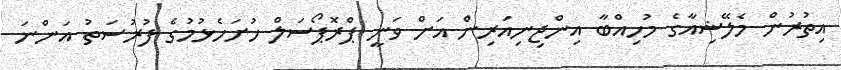
އިތުރުން މެލޭޝިއާގެ މުހިއްބާ އިންޖިނިއަރިން އަށް ވަނީ ޕްރޮޕޯސަލް ހުށަހެޅުމުގެ ފުރުސަތު އަންނަ